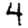
Digit: 4